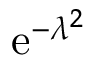
\mathrm { e } ^ { - \lambda ^ { 2 } }